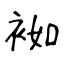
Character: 袽